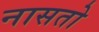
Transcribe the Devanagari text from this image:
नासतो